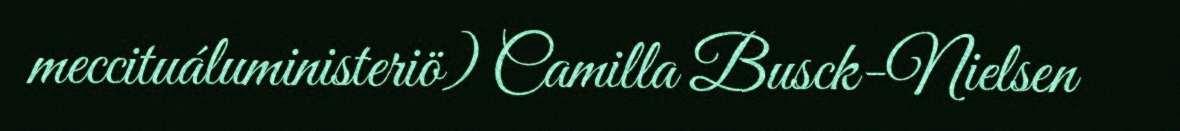
meccituáluministeriö) Camilla Busck-Nielsen